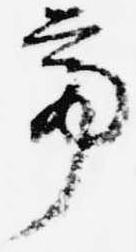
亭